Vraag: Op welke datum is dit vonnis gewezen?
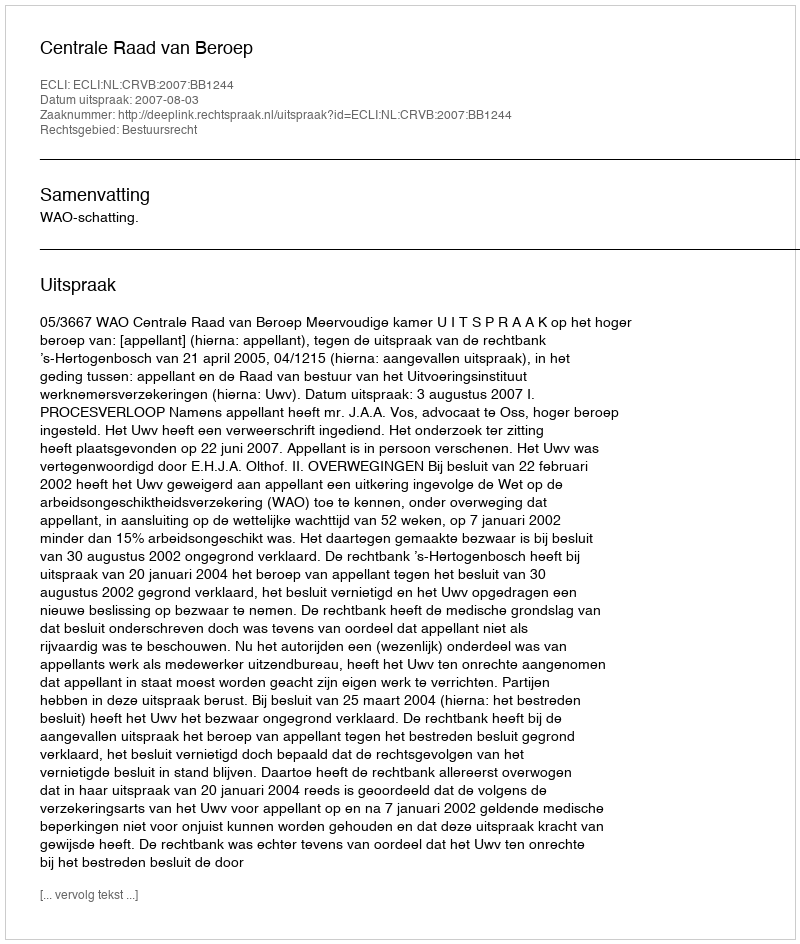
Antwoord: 2007-08-03